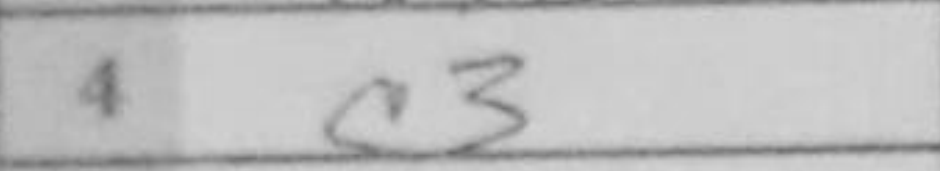
Transcription: c3